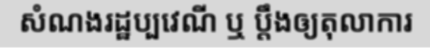
សំណងរដ្ឋប្បវេណី ឬ ប្តឹងឲ្យតុលាការ